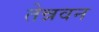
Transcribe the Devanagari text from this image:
तेन्नवन